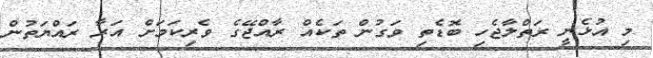
މި އުޅެނީ ރަތްލާޖެހި ބޮޑެތި ވަގުން ތަކެއް ރާއްޖޭގެ ވެރިކަމަށް އަރާ ރައްޔަތުން